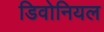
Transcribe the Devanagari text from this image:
डिवोनियल